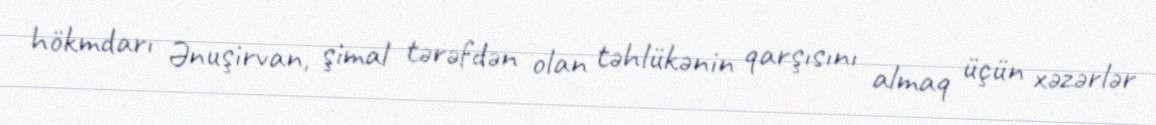
hökmdarı Ənuşirvan, şimal tərəfdən olan təhlükənin qarşısını almaq üçün xəzərlər